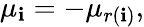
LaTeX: \mu_{\mathbf{i}}=-\mu_{r(\mathbf{i})},